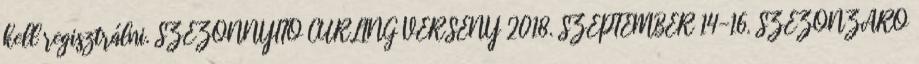
kell regisztrálni. SZEZONNYITÓ CURLING VERSENY 2018. SZEPTEMBER 14-16. SZEZONZÁRÓ